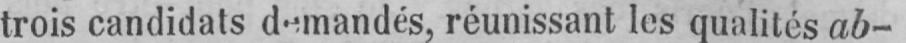
trois candidats demandés, réunissant les qualités ab-